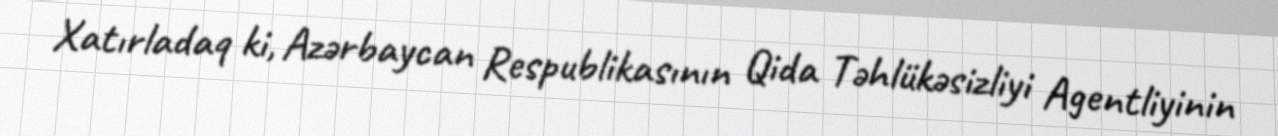
Xatırladaq ki, Azərbaycan Respublikasının Qida Təhlükəsizliyi Agentliyinin